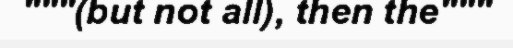
"""(but not all), then the"""